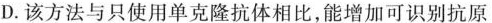
D.该方法与只使用单克隆抗体相比，能增加可识别抗原